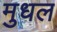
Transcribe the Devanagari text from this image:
मुधल